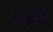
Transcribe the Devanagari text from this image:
वेतणे